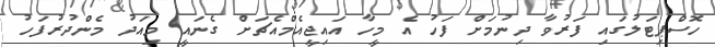
ހޮސްޕިޓަލުގައި ފަރުވާ ދިނުމަށް ފަހު އެ މީހާ އައިޖީއެމްއެޗަށް ގެނައީ މިއަދު މެންދުރުފަހު